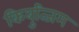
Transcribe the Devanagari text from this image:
किबुत्जिम